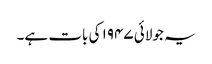
یہ جولائی ۱۹۴۷ کی بات ہے۔